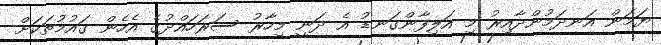
ޔަމަން އަނދަމުންދާއިރު މި އަލިފާންގަނޑު އެ ދަނީ މިހާރު ސަރަހައްދުގެ އެހެން ގައުމުތަކަށް